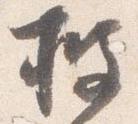
披